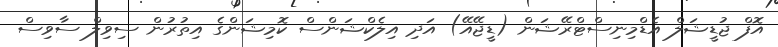
އޮފް ޖުޑީޝަލް އެޑްމިނިސްޓްރޭޝަން (ޑީޖޭއޭ) އަދި އިލެކްޝަންސް ކޮމިޝަންގެ އިތުރުން ސިވިލް ސާވިސް